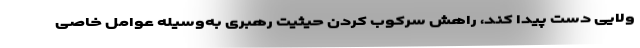
ولایی دست پیدا کند، راهش سرکوب کردن حیثیت رهبری به‌وسیله عوامل خاصی